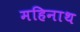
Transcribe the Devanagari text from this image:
महिनाथ